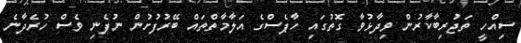
ސިއްހީ ތަޖުރިބާކާރުން ވިދާޅުވާ ގޮތުގައި ހާޕެސްގެ އަލާމާތްތައް ބޭރުފުށުން ނުފެނި ވެސް ހުރެދާނެ